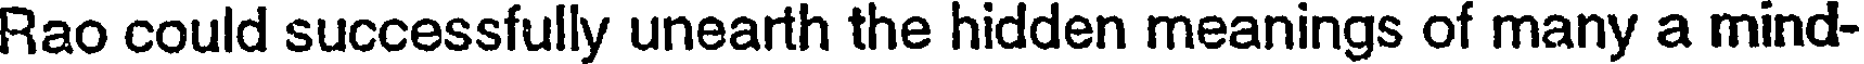
Rao could successfully unearth the hidden meanings of many a mind-